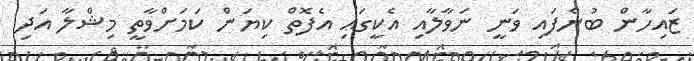
ޒައިހާން ބުނެފައި ވަނީ ނަވާލާއި އެކީގައި އެފޮތް ކިޔަން ކަމަށްވާތީ މިޝްލާ އަދި